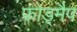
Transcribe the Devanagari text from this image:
फोड्मैप